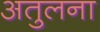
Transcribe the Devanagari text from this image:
अतुलना